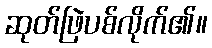
ဆုတ်ဖြဲပစ်လိုက်၏။